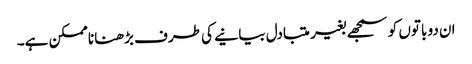
ان دو باتوں کو سمجھے بغیر متبادل بیانیے کی طرف بڑھنا ناممکن ہے۔